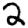
Digit: 2